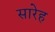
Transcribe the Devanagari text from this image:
सारेह